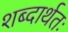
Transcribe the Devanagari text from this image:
शब्दार्थतः